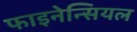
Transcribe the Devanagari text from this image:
फाइनेन्सियल